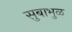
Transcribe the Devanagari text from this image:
सुबाभुळ